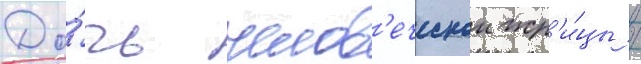
До́чь челов'еческои жр'и́цы /